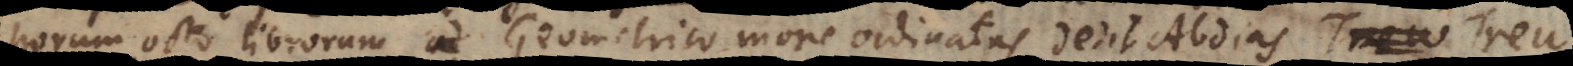
horum octo librorum Geometrico more ordinatas dedit Abdias Trew Treu